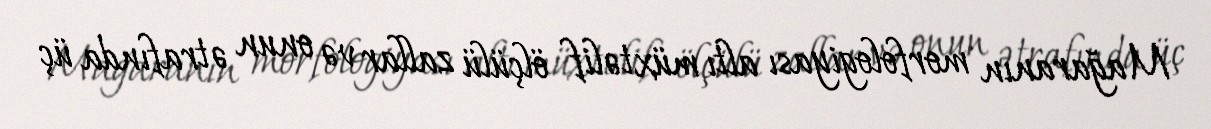
Mağaranın morfologiyası altı müxtəlif ölçülü zallar və onun ətrafında üç